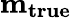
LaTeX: \mathbf{m_{true}}